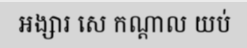
អង្សារ សេ កណ្តាល យប់